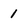
Character: 1